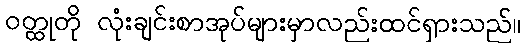
ဝတ္ထုတို လုံးချင်းစာအုပ်များမှာလည်းထင်ရှားသည်။